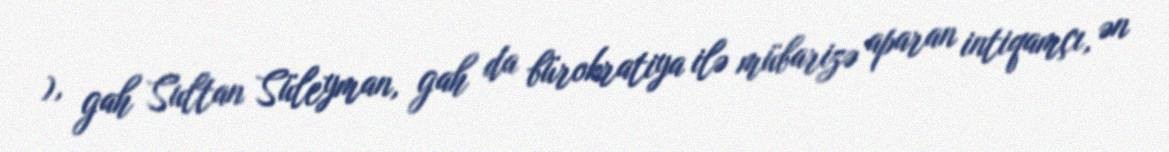
), gah Sultan Süleyman, gah da bürokratiya ilə mübarizə aparan intiqamçı, ən